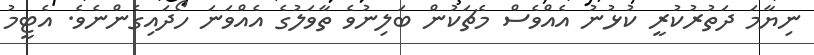
ނިޔާމަ ދަތުރުކުރީ ކުޅުނު އެއްވެސް މެޗަކުން ބަލިނުވެ ތާވަލުގެ އެއްވަނަ ހޯދައިގެންނެވެ. އެޓީމު